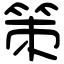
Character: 策